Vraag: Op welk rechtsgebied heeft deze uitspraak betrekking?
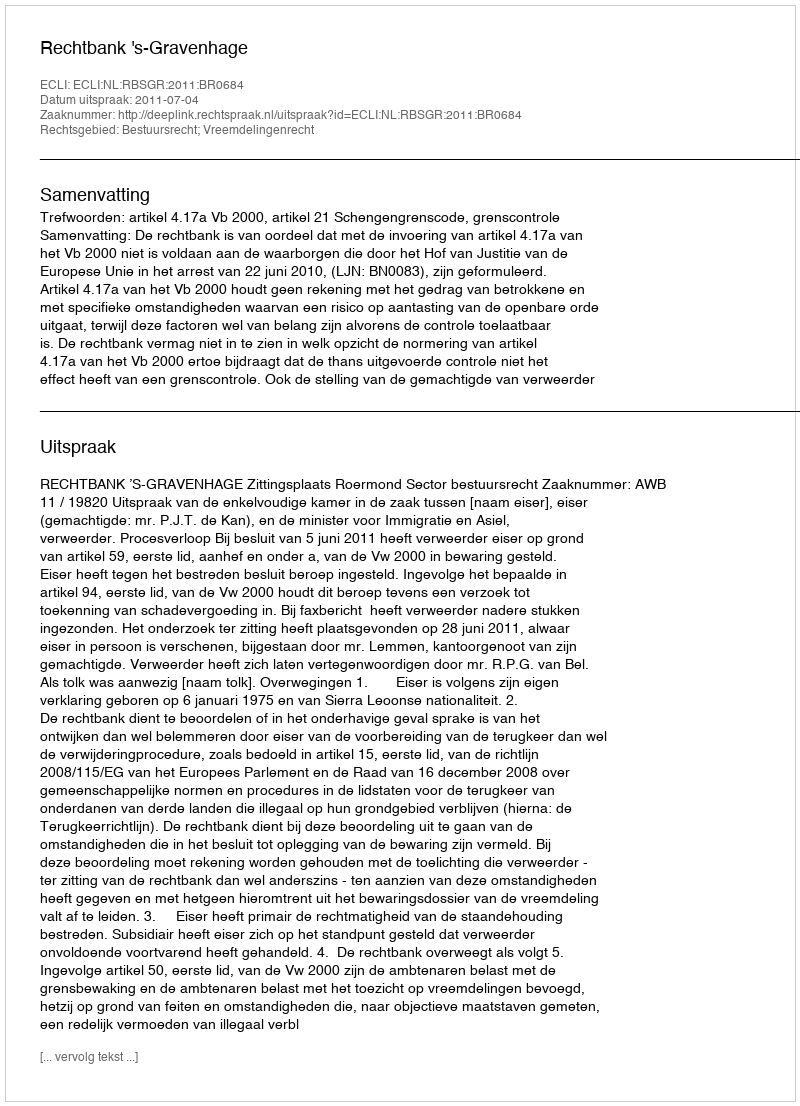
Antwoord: Bestuursrecht; Vreemdelingenrecht